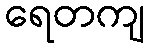
ရေတကျ